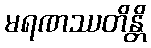
မရဏဿတိန္တိ